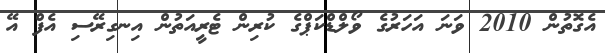
އެގޮތުން 2010 ވަނަ އަހަރުގެ ވޯލްޑްކަޕްގެ ކުރިން ޓެރީއަތުން އިނގިރޭސި އެފް އޭ